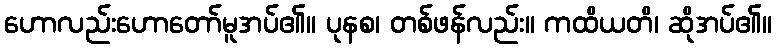
ဟောလည်းဟောတော်မူအပ်၏။ ပုနစ၊ တစ်ဖန်လည်း။ ကထိယတိ၊ ဆိုအပ်၏။